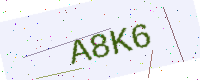
Text: A8K6